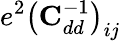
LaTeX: e^{2}\big(\mathrm{\textbf{C}}_{dd}^{-1}\big)_{ij}